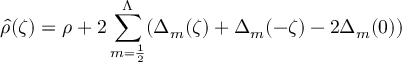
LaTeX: \hat { \rho } ( \zeta ) = \rho + 2 \sum _ { m = { \frac { 1 } { 2 } } } ^ { \Lambda } ( \Delta _ { m } ( \zeta ) + \Delta _ { m } ( - \zeta ) - 2 \Delta _ { m } ( 0 ) )